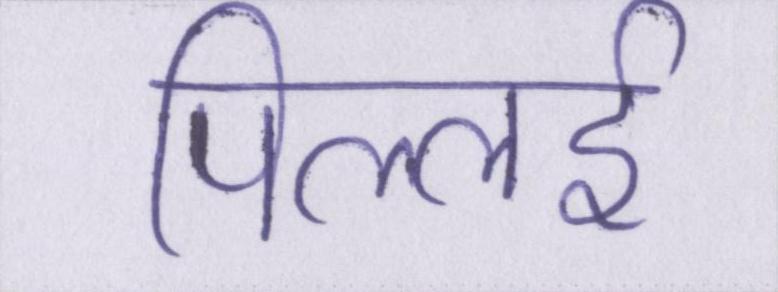
पिल्लई